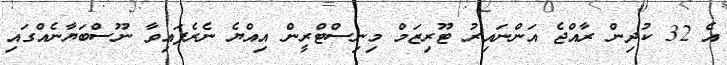
އެ 32 ކުދިން ރާއްޖެ އަންނައިރު ޓޫރިޒަމް މިނިސްޓްރީން އިއްޔެ ނެރެފައިވާ ނޫސްބަޔާނެއްގައި